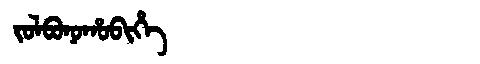
Manchu: ᠵᠣᠯᠪᠣᠨᠣᡥᠣᠪᡳᡥᡝ
Romanization: JOLBONOHOBIHE